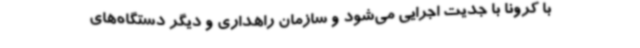
با کرونا با جدیت اجرایی می‌شود و سازمان راهداری و دیگر دستگاه‌های